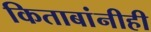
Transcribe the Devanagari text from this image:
किताबांनीही